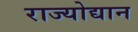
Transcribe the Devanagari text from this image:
राज्योद्यान